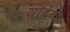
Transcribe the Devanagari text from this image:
यूबिया